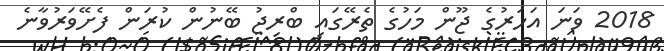
2018 ވަނަ އަހަރުގެ ޖޫން މަހުގެ ތެރޭގައި ބްރިޖު ބޭނުން ކުރަން ފެށޭވަރުވާނެ